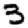
Digit: 3